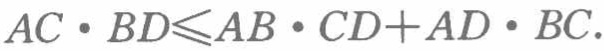
\(AC\cdot BD\leqslant AB\cdot CD + AD\cdot BC\)